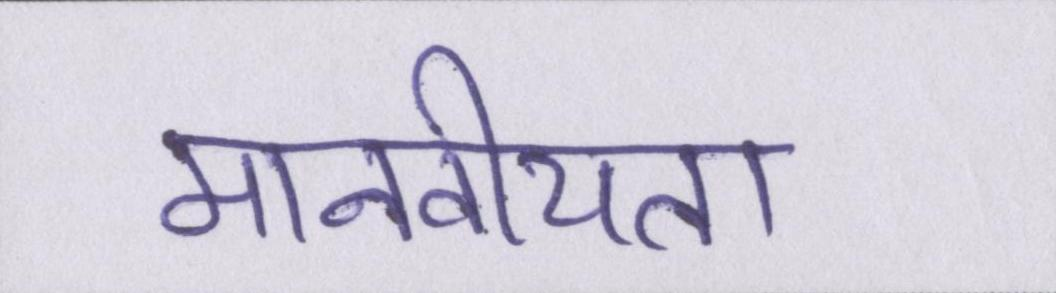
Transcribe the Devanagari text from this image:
मानवीयता